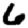
Digit: 6